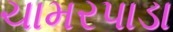
ચામરપાડા